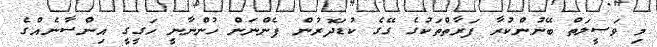
މި ވަސީލަތް ބޭނުންކުރާ ފަރާތްތަކުގެ ގޭގެ ކުޑަދޮރުން ފެންނަން ހުންނާނީ ހަގީގީ އިންސާނެއްގެ